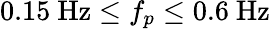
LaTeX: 0.15~\mathrm{Hz}\leq f_{p}\leq 0.6~\mathrm{Hz}